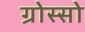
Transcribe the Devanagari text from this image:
ग्रोस्सो